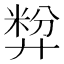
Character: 𪪷